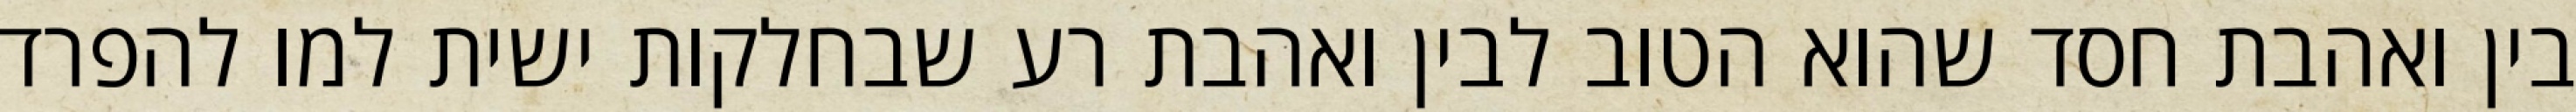
בין ואהבת חסד שהוא הטוב לבין ואהבת רע שבחלקות ישית למו להפרד